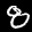
Label: 8